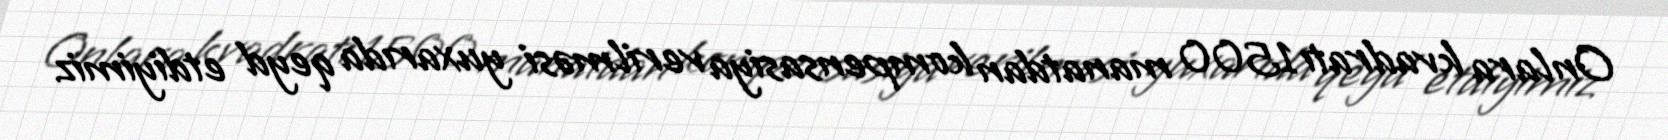
Onlara kvadratı 1500 manatdan kompensasiya verilməsi yuxarıda qeyd etdiyimiz